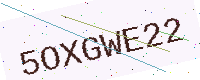
Text: 5OXGWE22